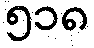
၅၁၈